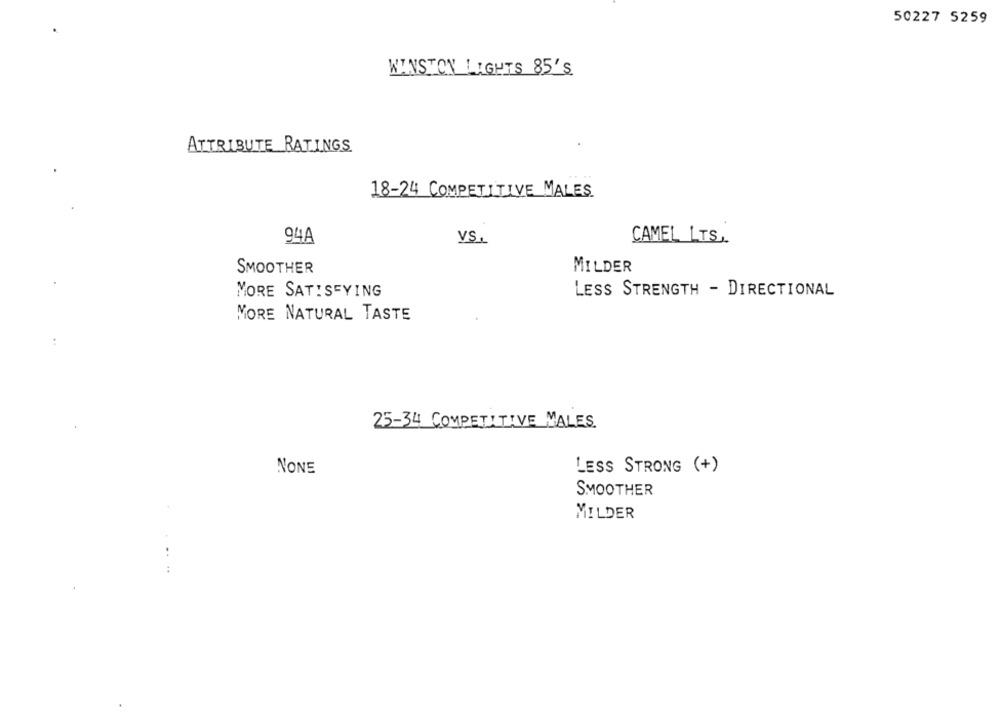
50227 5259
WINSTON LIGHTS 85'S
ATTRIBUTE RATINGS
18-24 COMPETITIVE MALES
94A
CAMEL LTS ..
VS.
MILDER
SMOOTHER
MORE SATISFYING
LESS STRENGTH - DIRECTIONAL
MORE NATURAL TASTE
25-34 COMPETITIVE MALES.
NONE
LESS STRONG (+)
SMOOTHER
MILDER